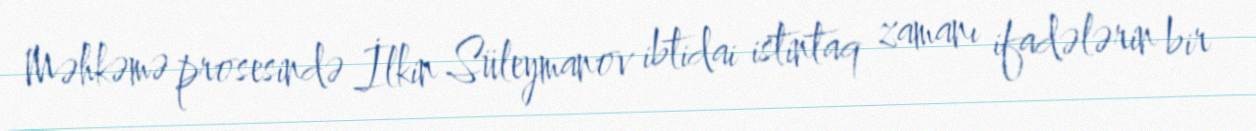
Məhkəmə prosesində İlkin Süleymanov ibtidai istintaq zamanı ifadələrin bir